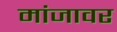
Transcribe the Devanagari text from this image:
मांजावर